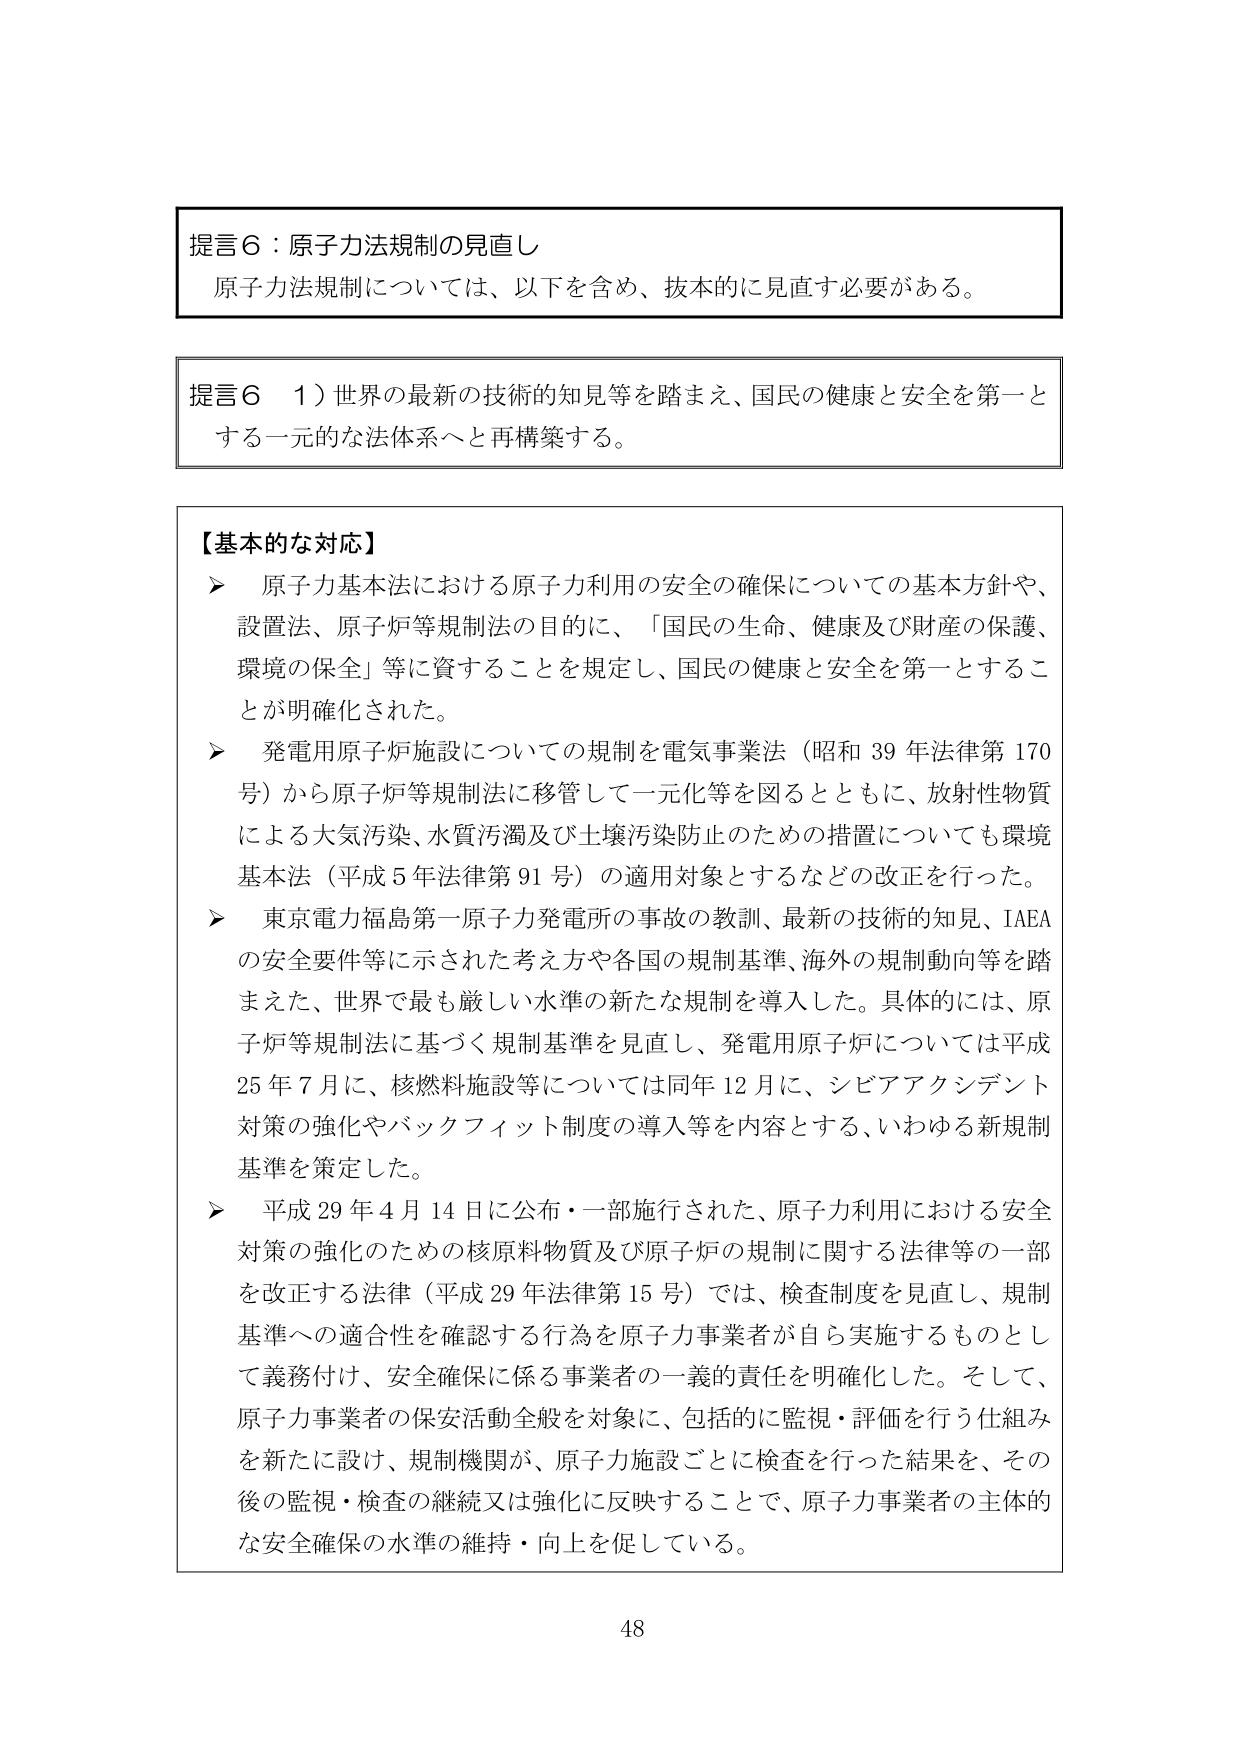
提言６：原子力法規制の見直し
原子力法規制については、以下を含め、抜本的に見直す必要がある。

提言６　１）世界の最新の技術的知見等を踏まえ、国民の健康と安全を第一とする一元的な法体系へと再構築する。

【基本的な対応】
➤ 原子力基本法における原子力利用の安全の確保についての基本方針や、設置法、原子炉等規制法の目的に、「国民の生命、健康及び財産の保護、環境の保全」等に資することを規定し、国民の健康と安全を第一とすることが明確化された。
➤ 発電用原子炉施設についての規制を電気事業法（昭和39年法律第170号）から原子炉等規制法に移管して一元化等を図るとともに、放射性物質による大気汚染、水質汚濁及び土壌汚染防止のための措置についても環境基本法（平成5年法律第91号）の適用対象とするなどの改正を行った。
➤ 東京電力福島第一原子力発電所の事故の教訓、最新の技術的知見、IAEAの安全要件等に示された考え方や各国の規制基準、海外の規制動向等を踏まえた、世界で最も厳しい水準の新たな規制を導入した。具体的には、原子炉等規制法に基づく規制基準を見直し、発電用原子炉については平成25年7月に、核燃料施設等については同年12月に、シビアアクシデント対策の強化やバックフィット制度の導入等を内容とする、いわゆる新規制基準を策定した。
➤ 平成29年4月14日に公布・一部施行された、原子力利用における安全対策の強化のための核原料物質及び原子炉の規制に関する法律等の一部を改正する法律（平成29年法律第15号）では、検査制度を見直し、規制基準への適合性を確認する行為を原子力事業者が自ら実施するものとして義務付け、安全確保に係る事業者の一義的責任を明確化した。そして、原子力事業者の保安活動全般を対象に、包括的に監視・評価を行う仕組みを新たに設計、規制機関が、原子力施設ごとに検査を行った結果を、その後の監視・検査の継続又は強化に反映することで、原子力事業者の主体的な安全確保の水準の維持・向上を促している。

48